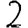
Digit: 2